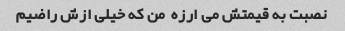
نصبت به قیمتش می ارزه  من که خیلی ازش راضیم